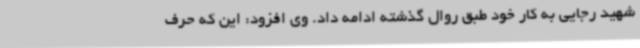
شهید رجایی به کار خود طبق روال گذشته ادامه داد. وی افزود: این که حرف